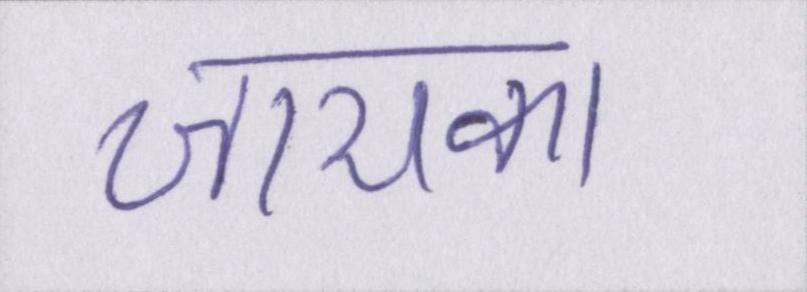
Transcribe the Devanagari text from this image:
जायका